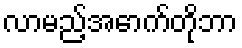
လာမည့်အောက်တိုဘာ